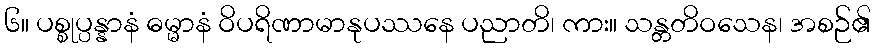
၆။ ပစ္စုပ္ပန္နာနံ ဓမ္မာနံ ဝိပရိဏာမာနုပဿနေ ပညာတိ၊ ကား။ သန္တတိဝသေန၊ အစဉ်၏